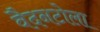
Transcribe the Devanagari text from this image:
वैदनटोला